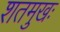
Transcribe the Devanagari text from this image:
शतमुखः